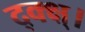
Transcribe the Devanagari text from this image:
द्क्क्ष्।